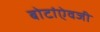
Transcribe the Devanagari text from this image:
बोटांऐवजी